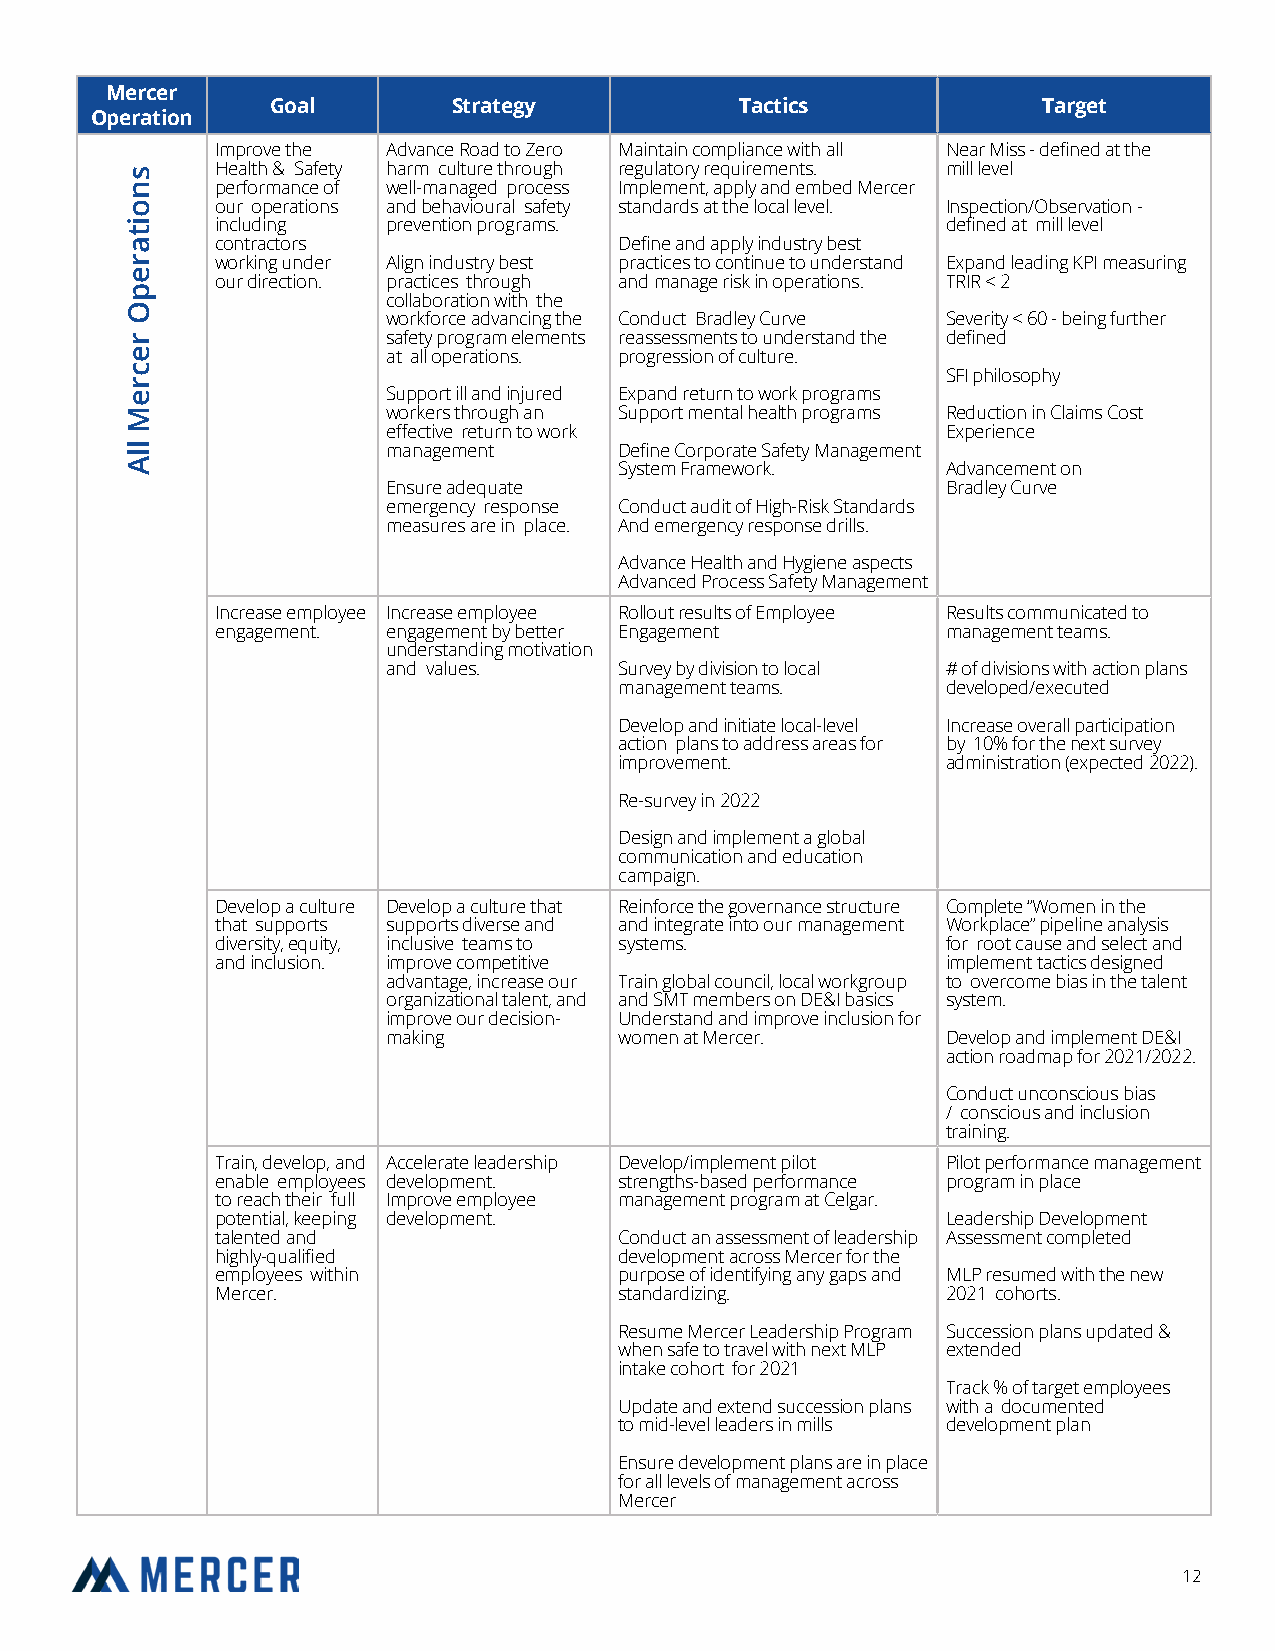
Mercer
 Goal        Strategy           Tactics             Target
 Operation
 Improve the Advance R oad to Zero Maintain compliance with all Near Miss - defined at the
 Health & Safety harm culture through regulatory requirements. mill level
 performance of well-managed process Implement, apply and embed Mercer
 our operations and behavioural safety standards at the local level. Inspection/Observation -
 including   prevention programs.                 defined at mill level
 contractors                Define and apply industry best
 working under Align industry best practices to continue to understand Expand leading KPI measuring
 our direction. practices through and manage risk in operations. TRIR < 2
 collaboration with the
 workforce advancing the Conduct Bradley Curve Severity < 60 - being further
 safety program elements reassessments to understand the defined
 at all operations. progression of culture.
 SFI philosophy
 Support ill and injured Expand return to work programs
 workers through an Support mental health programs Reduction in Claims Cost
 effective return to work             Experience
 management     Define Corporate Safety Management
 System Framework.     Advancement on
 Ensure adequate                      Bradley Curve
 emergency response Conduct audit of High-Risk Standards
 measures are in place. And emergency response drills.
 Advance Health and Hygiene aspects
 Advanced Process Safety Management
 Increase employee Increase employee Rollout results of Employee Results communicated to
 engagement. engagement by better Engagement      management teams.
 understanding motivation
 and values.    Survey by division to local # of divisions with action plans
 management teams.     developed/executed
 Develop and initiate local-level Increase overall participation
 action plans to address areas for by 10% for the next survey
 improvement.          administration (expected 2022).
 Re-survey in 2022
 Design and implement a global
 communication and education
 campaign.
 Develop a culture Develop a culture that Reinforce the governance structure Complete “Women in the
 that supports supports diverse and and integrate into our management Workplace” pipeline analysis
 diversity, equity, inclusive teams to systems.   for root cause and select and
 and inclusion. improve competitive               implement tactics designed
 advantage, increase our Train global council, local workgroup to overcome bias in the talent
 organizational talent, and and SMT members on DE&I basics system.
 improve our decision- Understand and improve inclusion for
 making         women at Mercer.      Develop and implement DE&I
 action roadmap for 2021/2022.
 Conduct unconscious bias
 / conscious and inclusion
 training.
 Train, develop, and Accelerate leadership Develop/implement pilot Pilot performance management
 enable employees development. strengths-based performance program in place
 to reach their full Improve employee management program at Celgar.
 potential, keeping development.                  Leadership Development
 talented and               Conduct an assessment of leadership Assessment completed
 highly-qualified           development across Mercer for the
 employees within           purpose of identifying any gaps and MLP resumed with the new
 Mercer.                    standardizing.        2021 cohorts.
 Resume Mercer Leadership Program Succession plans updated &
 when safe to travel with next MLP extended
 intake cohort for 2021
 Track % of target employees
 Update and extend succession plans with a documented
 to mid-level leaders in mills development plan
 Ensure development plans are in place
 for all levels of management across
 Mercer
 12
 snoitarepO
 recreM
 llA